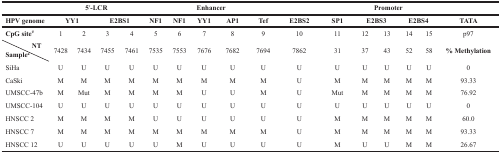
|  | <COLSPAN=4> 5′-LCR | <COLSPAN=5> Enhancer | <COLSPAN=7> Promoter |
 | HPV genome | <COLSPAN=2> YY1 | <COLSPAN=2> E2BS1 | NF1 | NF1 | YY1 | AP1 | Tef | E2BS2 | SP1 | <COLSPAN=2> E2BS3 | <COLSPAN=2> E2BS4 | TATA |
 | --- | --- | --- | --- | --- | --- | --- | --- | --- | --- | --- | --- | --- | --- | --- | --- | --- |
 | CpG site# | 1 | 2 | 3 | 4 | 5 | 6 | 7 | 8 | 9 | 10 | 11 | 12 | 13 | 14 | 15 | p97 |
 | NTSamplea | 7428 | 7434 | 7455 | 7461 | 7535 | 7553 | 7676 | 7682 | 7694 | 7862 | 31 | 37 | 43 | 52 | 58 | % Methylation |
 | SiHa | U | U | U | U | U | U | U | U | U | U | U | U | U | U | U | 0 |
 | CaSki | M | M | M | M | M | M | M | M | M | U | M | M | M | M | M | 93.33 |
 | UMSCC-47b | M | Mut | M | M | M | M | U | U | M | U | Mut | M | M | M | M | 76.92 |
 | UMSCC-104 | U | U | U | U | U | U | U | U | U | U | U | U | U | U | U | 0 |
 | HNSCC 2 | M | M | M | M | U | U | U | U | U | U | M | M | M | M | M | 60.0 |
 | HNSCC 7 | M | M | M | M | M | M | M | M | M | U | M | M | M | M | M | 93.33 |
 | HNSCC 12 | U | U | U | U | U | M | U | U | U | U | M | U | U | M | M | 26.67 |